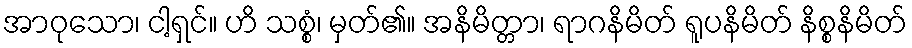
အာဝုသော၊ ငါ့ရှင်။ ဟိ သစ္စံ၊ မှတ်၏။ အနိမိတ္တာ၊ ရာဂနိမိတ် ရူပနိမိတ် နိစ္စနိမိတ်